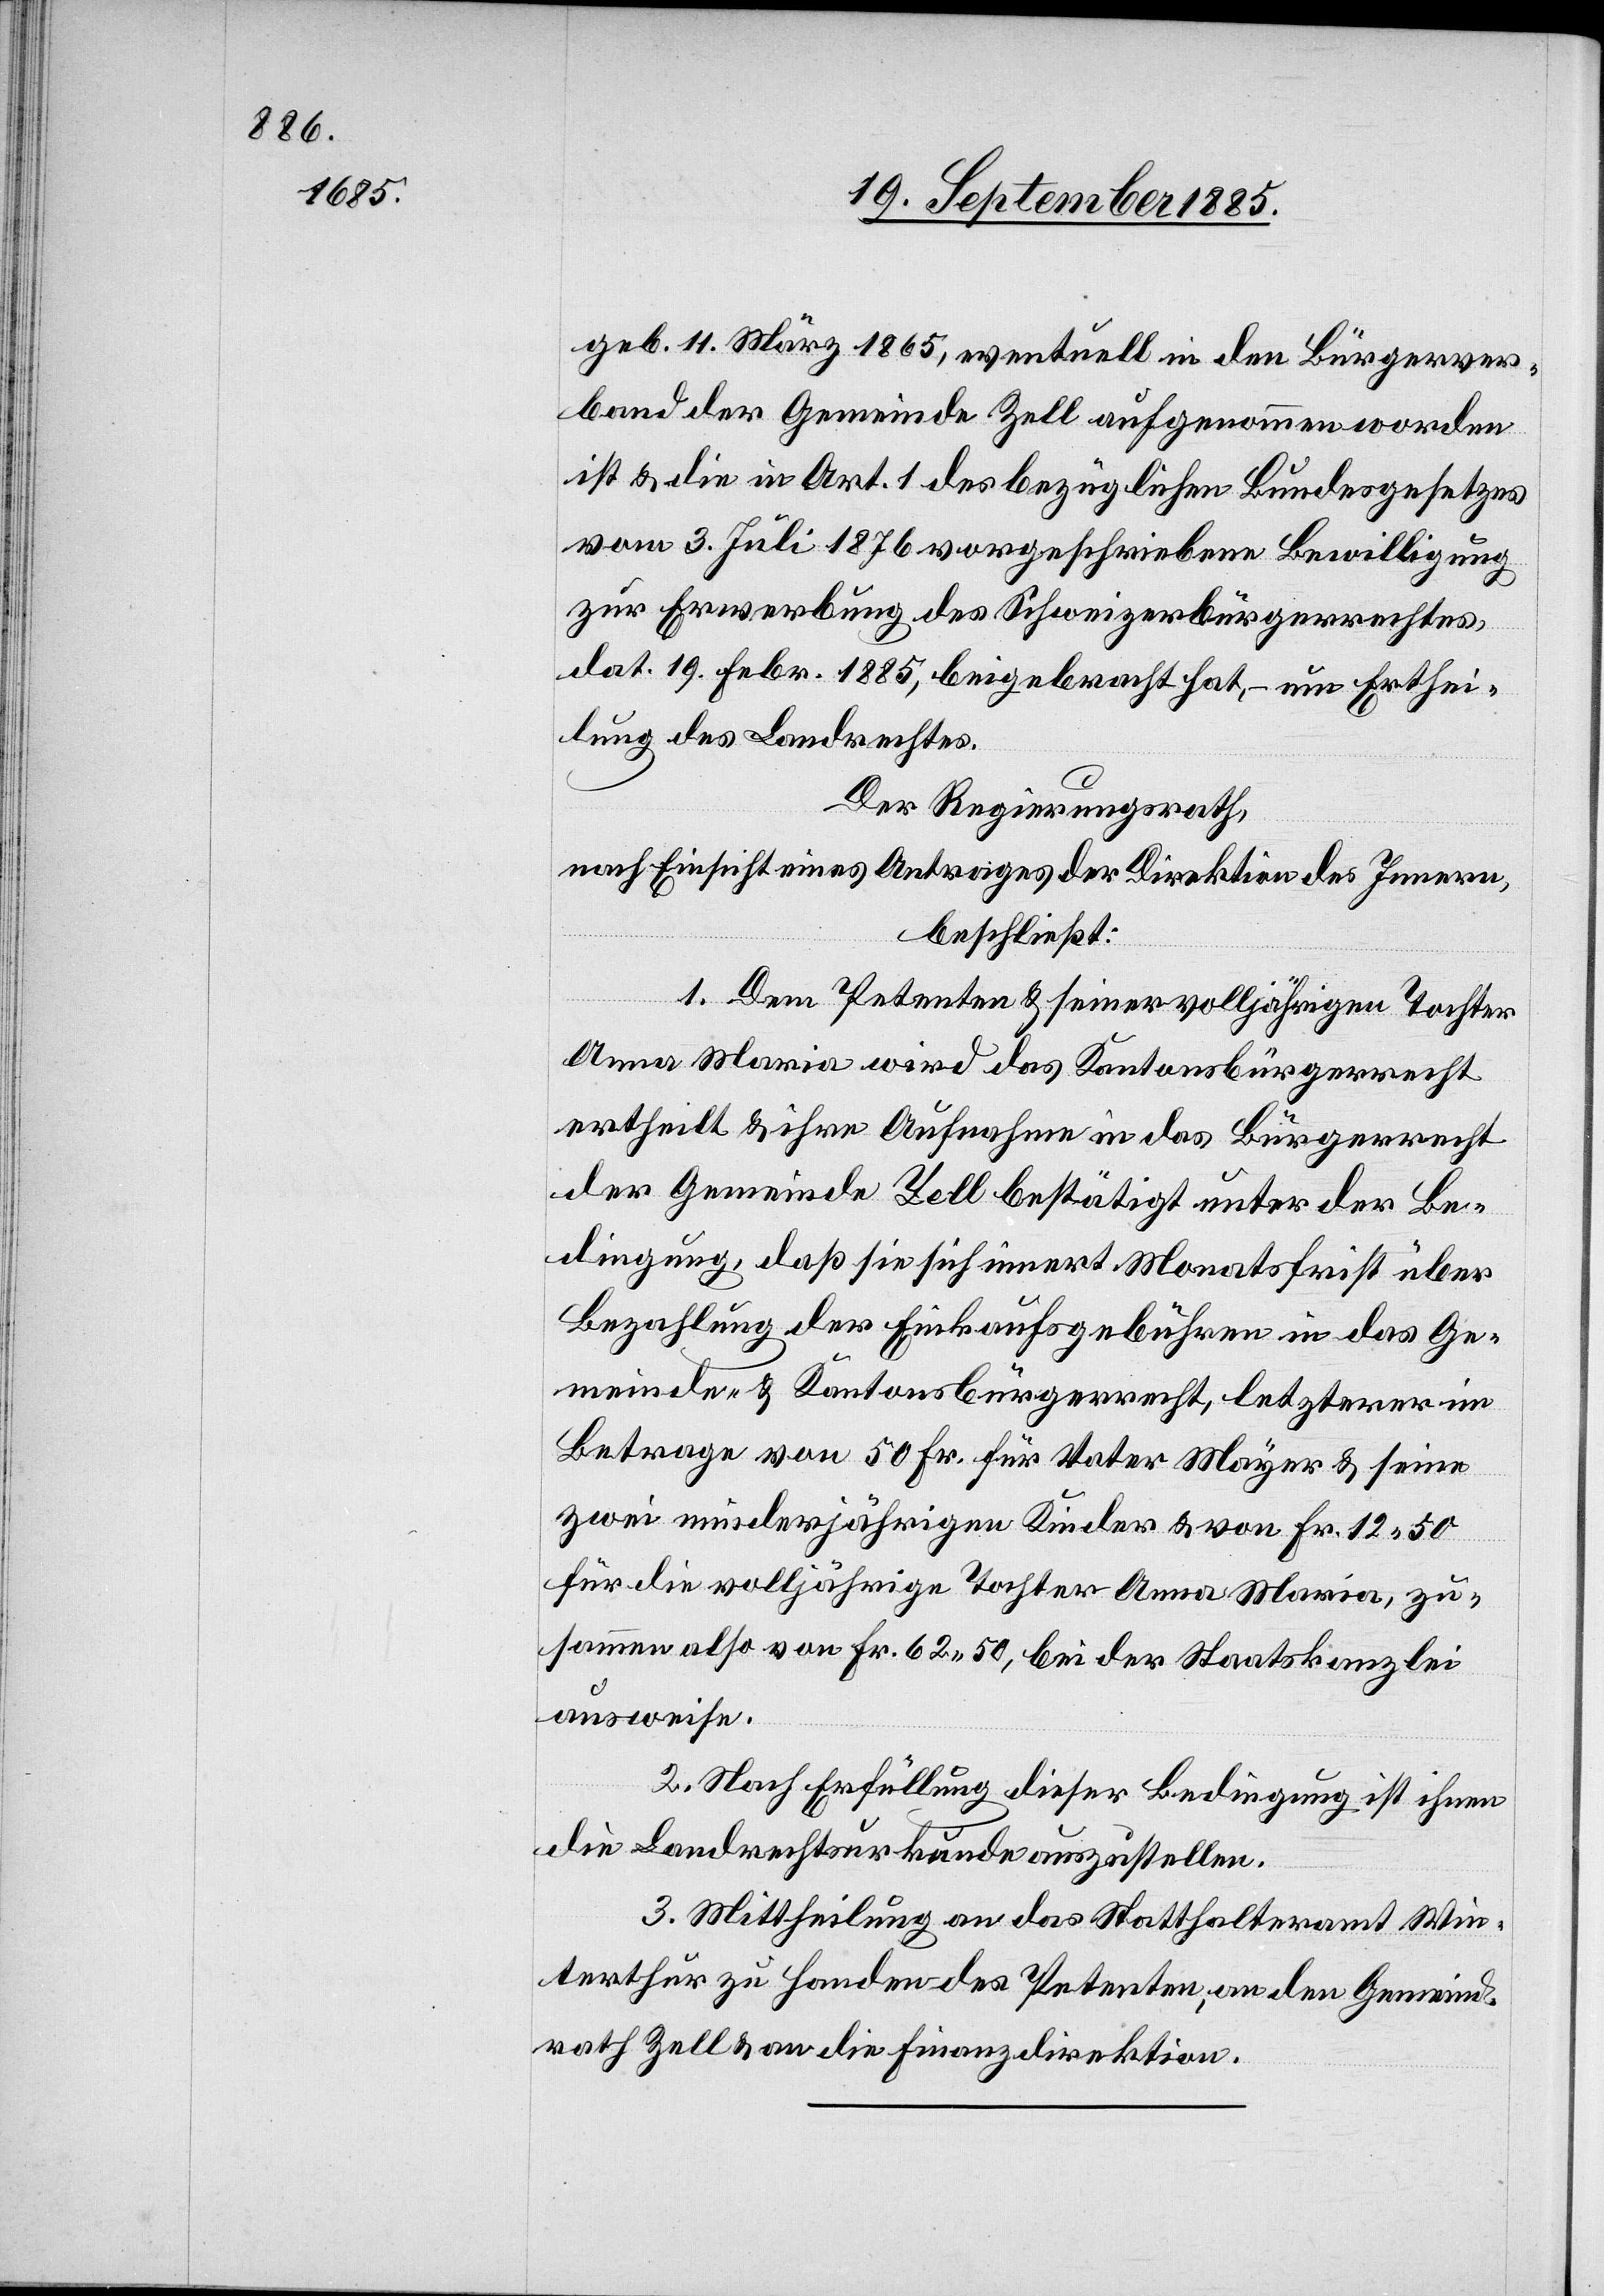
geb. 11. März 1865, eventuell in den Bürgerver¬
band der Gemeinde Zell aufgenommen worden
ist & die in Art. 1 des bezüglichen Bundesgesetzes
vom 3. Juli 1876 vorgeschriebene Bewilligung
zur Erwerbung des Schweizerbürgerrechtes,
dat. 19. Febr. 1885, beigebracht hat, – um Erthei¬
lung des Landrechtes.
Der Regierungsrath,
nach Einsicht eines Antrages der Direktion des Innern,
beschließt:
1. Dem Petenten & seiner volljährigen Tochter
Anna Maria wird das Kantonsbürgerrecht
ertheilt & ihre Aufnahme in das Bürgerrecht
der Gemeinde Zell bestätigt unter der Be¬
dingung, daß sie sich innert Monatsfrist über
Bezahlung der Einkaufsgebühren in das Ge¬
meinde- & Kantonsbürgerrecht, letzterer im
Betrage von 50 Fr. für Vater Mayer & seine
zwei minderjährigen Kinder & von Fr. 12 50
für die volljährige Tochter Anna Maria, zu¬
sammen also von Fr. 62 50, bei der Staatskanzlei
ausweise.
2. Nach Erfüllung dieser Bedingung ist ihnen
die Landrechtsurkunde auszustellen.
3. Mittheilung an das Statthalteramt Win¬
terthur zu Handen des Petenten, an den Gemeind¬
rath Zell & an die Finanzdirektion.